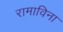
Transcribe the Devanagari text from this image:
रामाविना